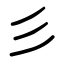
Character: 彡